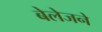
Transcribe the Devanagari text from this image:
बेलेजने